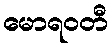
မောရဝတီ